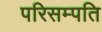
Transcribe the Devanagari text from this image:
परिसम्पति